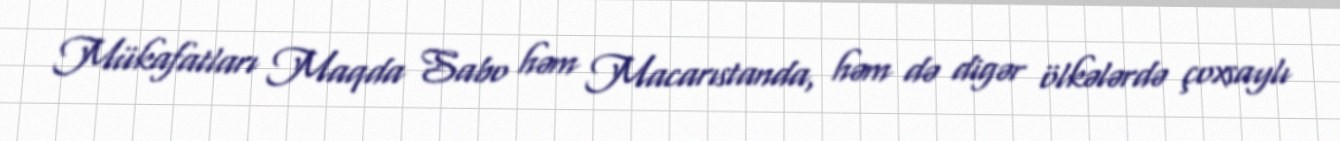
Mükafatları Maqda Sabo həm Macarıstanda, həm də digər ölkələrdə çoxsaylı